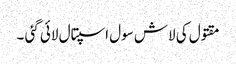
مقتول کی لاش سول اسپتال لائی گئی ۔